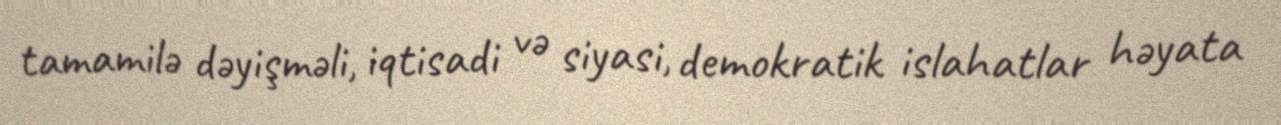
tamamilə dəyişməli, iqtisadi və siyasi, demokratik islahatlar həyata